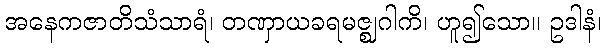
အနေကဇာတိသံသာရံ၊ တဏှာယခရမဇ္ဈဂါကိ၊ ဟူ၍သော။ ဥဒါနံ၊